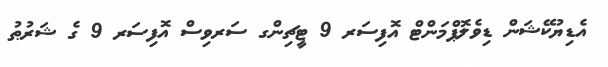
އެޑިޔުކޭޝަން ޑިވެލޮޕްމަންޓް އޮފިސަރ 9 ޓީޗިންގ ސަރވިސް އޮފިސަރ 9 ގެ ޝަރުޠު